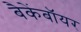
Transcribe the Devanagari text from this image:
बैकेंबॉयर